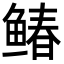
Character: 䲠